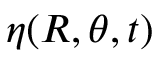
\eta ( R , \theta , t )